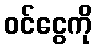
ဝင်ငွေကို